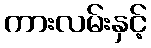
ကားလမ်းနှင့်